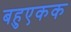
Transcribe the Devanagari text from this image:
बहुएकक